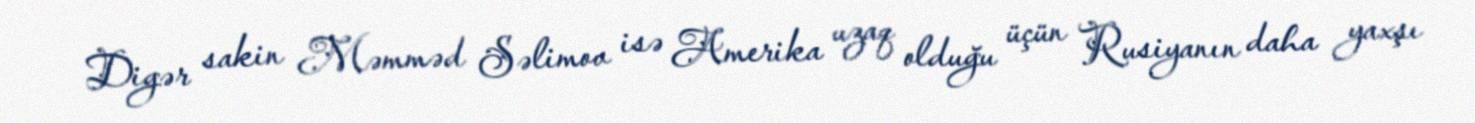
Digər sakin Məmməd Səlimov isə Amerika uzaq olduğu üçün Rusiyanın daha yaxşı